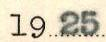
1925